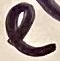
Text: e